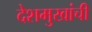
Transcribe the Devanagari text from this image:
देशमुखांची